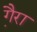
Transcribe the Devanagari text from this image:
गै़रा